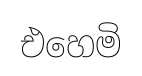
එහෙමි